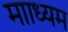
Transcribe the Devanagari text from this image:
मााध्यम